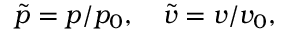
\tilde { p } = p / p _ { 0 } , \quad \tilde { v } = v / v _ { 0 } ,